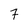
Character: 7